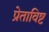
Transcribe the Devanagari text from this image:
प्रेताविष्ट